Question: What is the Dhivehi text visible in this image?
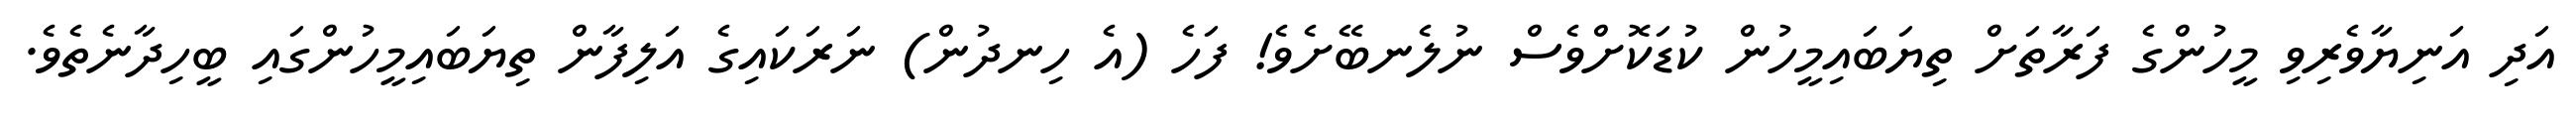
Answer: އަދި އަނިޔާވެރިވި މީހުންގެ ފަރާތަށް ތިޔަބައިމީހުން ކުޑަކޮށްވެސް ނުލެނބޭށެވެ! ފަހެ (އެ ހިނދުން) ނަރަކައިގެ އަލިފާން ތިޔަބައިމީހުންގައި ބީހިދާނެތެވެ.